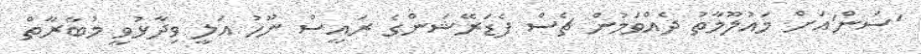
'ސަން'އަށް މައުލޫމާތު ދެއްވަމުން ޗެސް ފެޑަރޭޝަންގެ ރައީސް ނޫހު އަލީ ވިދާޅުވީ މުބާރާތް